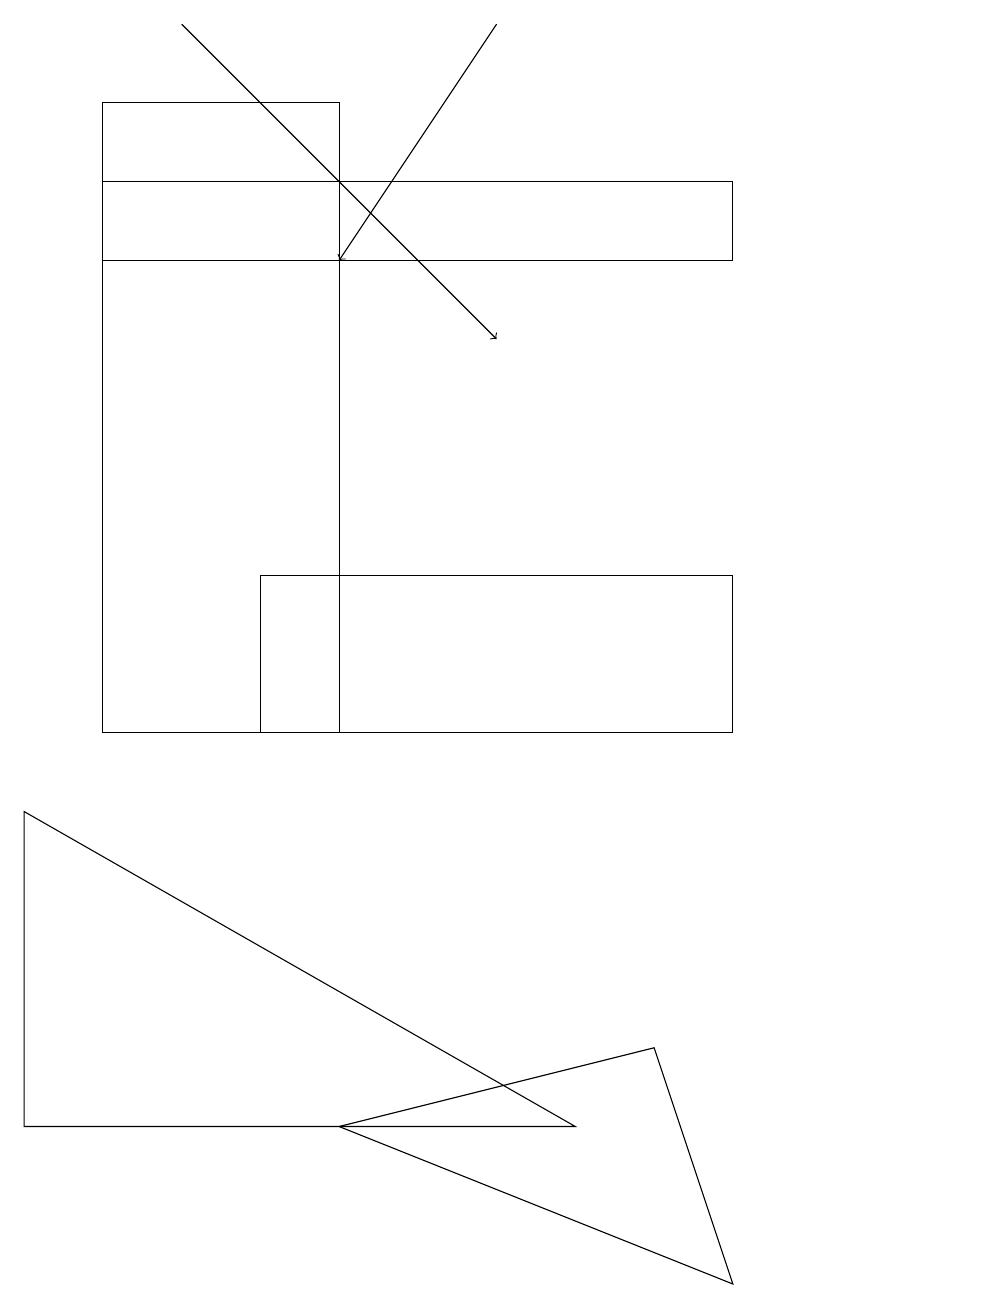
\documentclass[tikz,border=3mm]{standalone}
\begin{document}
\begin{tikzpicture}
\draw (1,16) rectangle (9,17);
\draw (3,10) rectangle (9,12);
\draw (4,10) rectangle (1,18);
\draw (4,5) -- (9,3) -- (8,6) -- cycle;
\draw (12,11) circle (0);
\draw[->] (2,19) -- (6,15);
\draw[->] (6,19) -- (4,16);
\draw (0,5) -- (7,5) -- (0,9) -- cycle;
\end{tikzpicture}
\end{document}